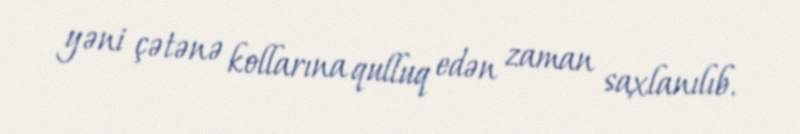
yəni çətənə kollarına qulluq edən zaman saxlanılıb.